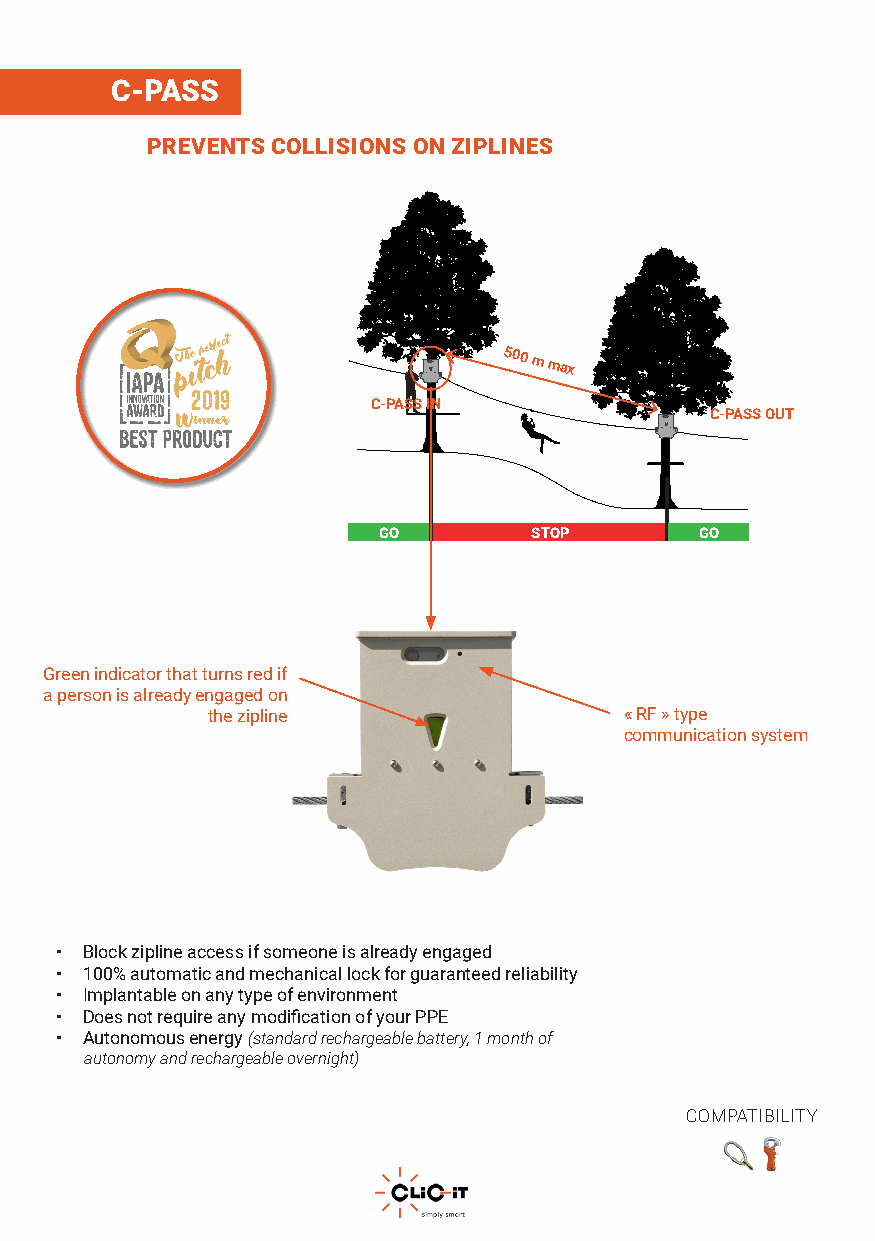
C-PASS
 PREVENTS COLLISIONS ON ZIPLINES
 500
 m max
 C-PASS IN
 C-PASS OUT
 GO        STOP       GO
 Green indicator that turns red if
 a person is already engaged on
 the zipline                « RF » type
 communication system
 • Block zipline access if someone is already engaged
 • 100% automatic and mechanical lock for guaranteed reliability
 • Implantable on any type of environment
 • Does not require any modification of your PPE
 • Autonomous energy (standard rechargeable battery, 1 month of
 autonomy and rechargeable overnight)
 COMPATIBILITY